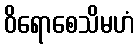
ဝိရောစေသိမဟံ